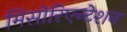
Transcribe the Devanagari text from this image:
मिसोरिएन्टेशन